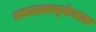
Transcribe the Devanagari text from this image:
एकादशस्‍कंधात